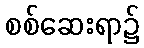
စစ်ဆေးရာ၌